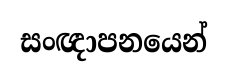
සංඥාපනයෙන්